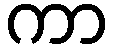
ကာ